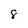
Character: 8